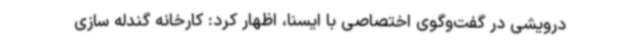
درویشی در گفت‌وگوی اختصاصی با ایسنا، اظهار کرد: کارخانه گندله سازی